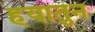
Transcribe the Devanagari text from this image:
हयातुन